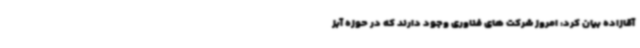
آقازاده بیان کرد: امروز شرکت های فناوری وجود دارند که در حوزه آبز